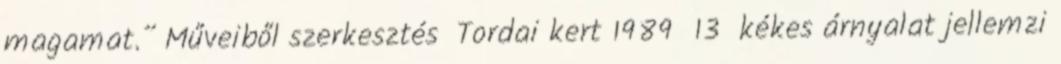
magamat.” Műveiből szerkesztés Tordai kert 1989 13 kékes árnyalat jellemzi